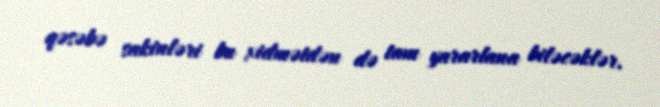
qəsəbə sakinləri bu xidmətdən də tam yararlana biləcəklər.